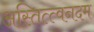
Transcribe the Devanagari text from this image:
अस्तित्त्वनदम